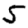
Digit: 5